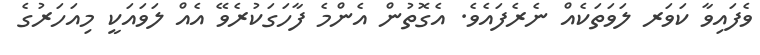
ވެފައިވާ ކަވަރ ލަވަތަކެއް ނެރެފައެވެ. އެގޮތުން އެންމެ ފާހަގަކުރެވޭ އެއް ލަވައަކީ މިއަހަރުގެ